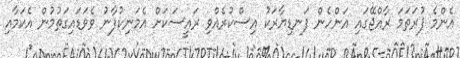
އެންމެ ފުރަތަމަ ރާއްޖޭގައި އަންހެން ފަނޑިޔާރަކު އިސްކުރެއްވި ރައީސަކަށް އެމަނިކުފާނު ވެވަޑައިގަތުމުން އެކަމާއި